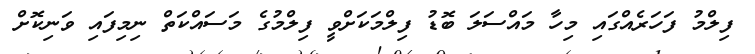
ފިލްމު ފަހަރެއްގައި މިހާ މައްސަލަ ބޮޑު ފިލްމަކަށްވީ ފިލްމުގެ މަސައްކަތް ނިމިފައި ވަނިކޮށް